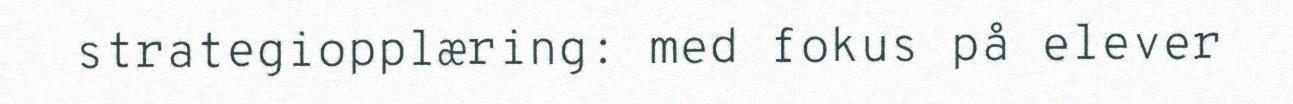
strategiopplæring: med fokus på elever